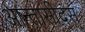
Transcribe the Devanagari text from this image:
आन्तासीद्स्